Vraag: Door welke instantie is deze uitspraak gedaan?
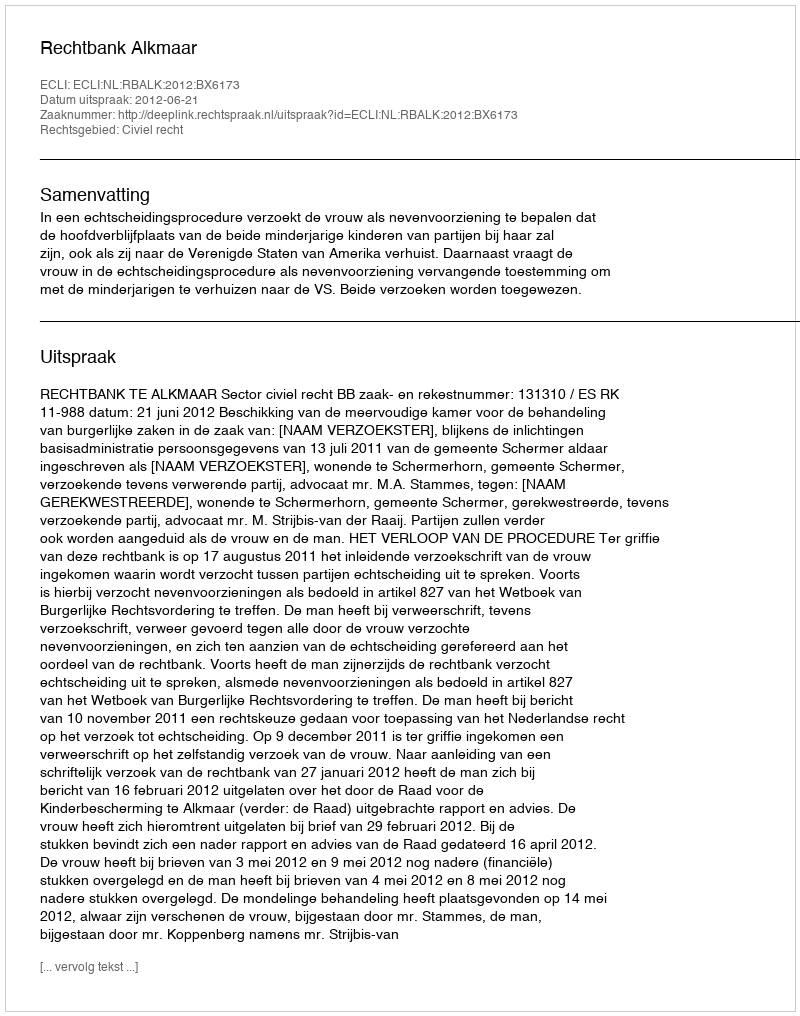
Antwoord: Rechtbank Alkmaar